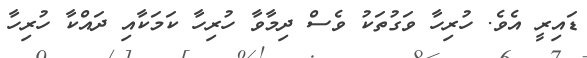
ޑައިރީ އެވެ. ހުރިހާ ވަގުތަކު ވެސް ދިމާވާ ހުރިހާ ކަމަކާއި ދައްކާ ހުރިހާ